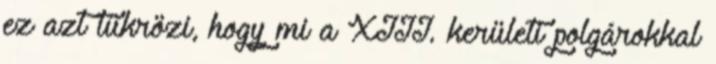
ez azt tükrözi, hogy mi a XIII. kerületi polgárokkal